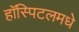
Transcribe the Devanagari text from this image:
हॉस्पिटलमधे